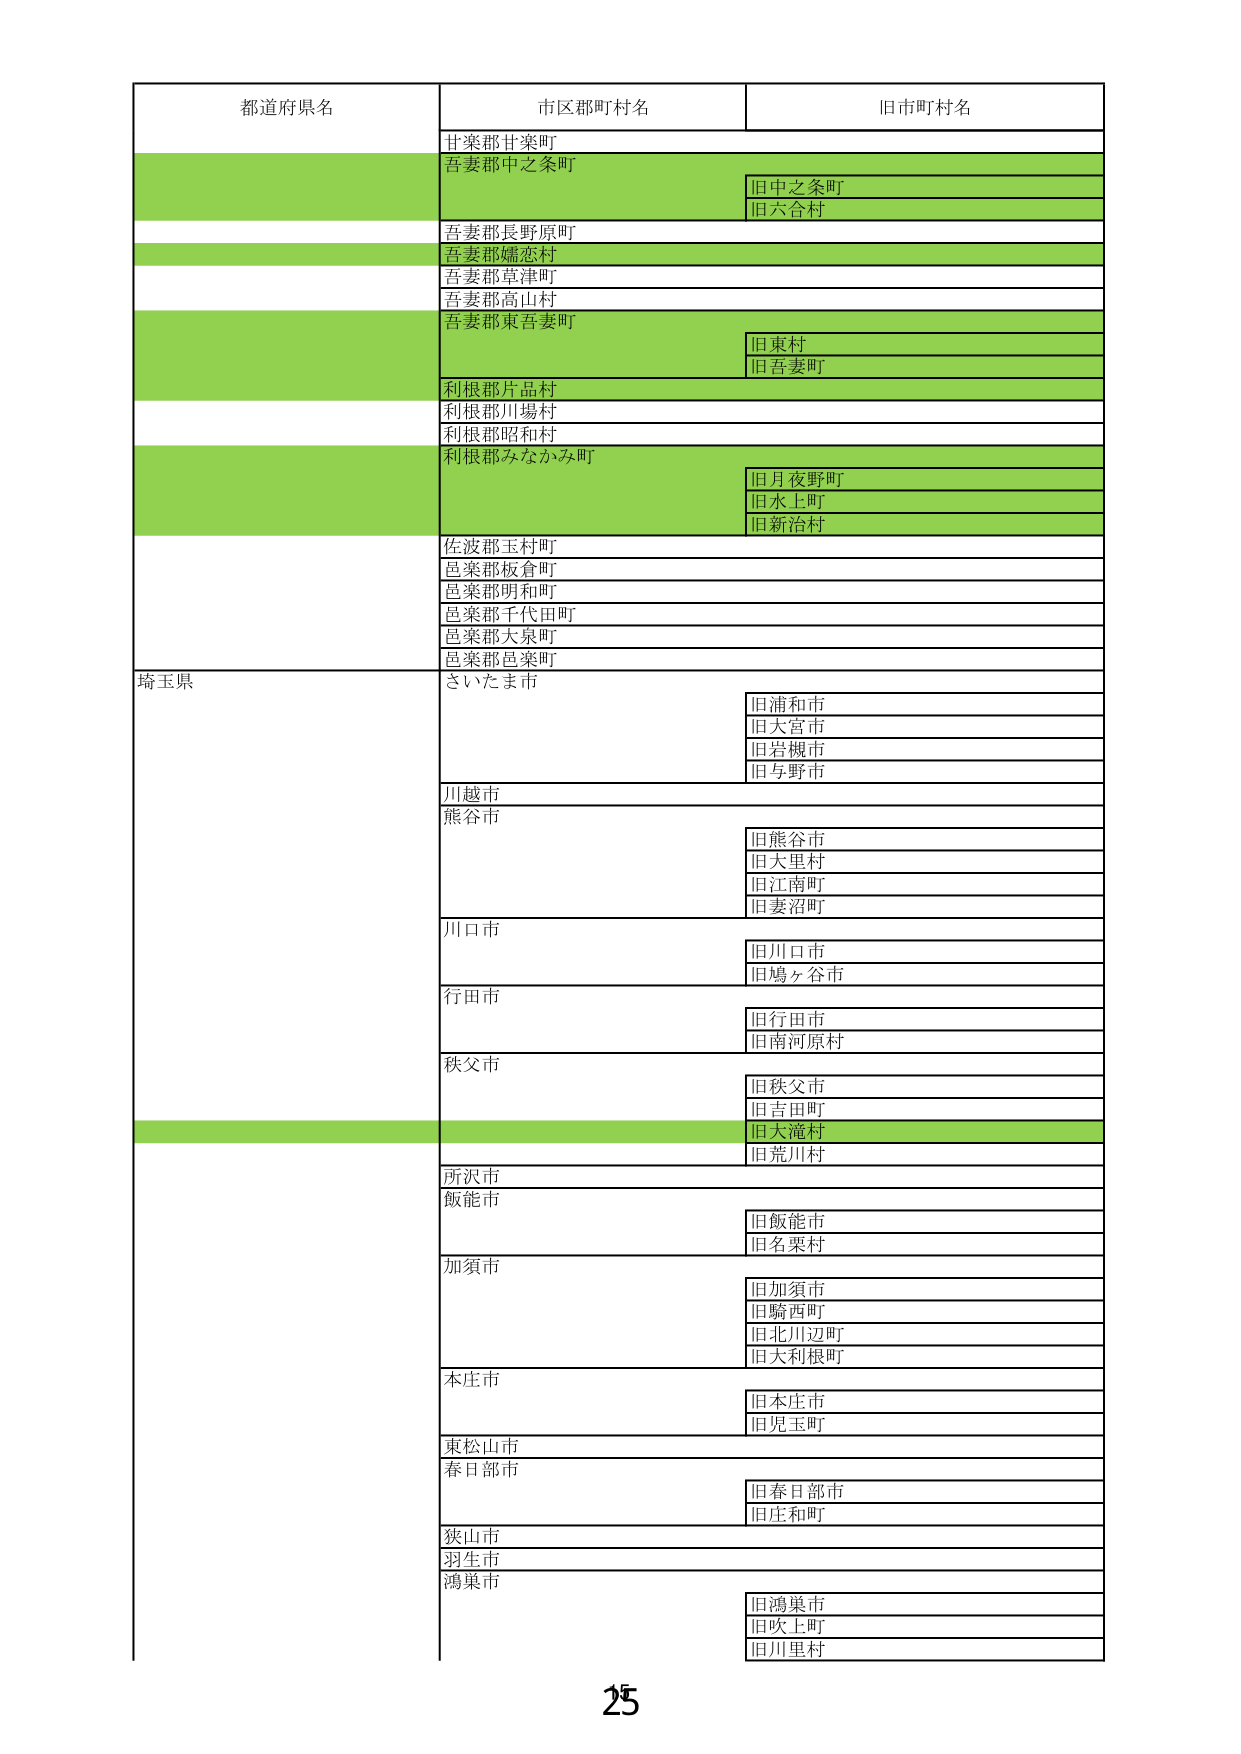
都道府県名
市区郡町村名
旧市町村名
甘楽郡甘楽町
吾妻郡中之条町
旧中之条町
旧六合村
吾妻郡長野原町
吾妻郡嬬恋村
吾妻郡草津町
吾妻郡高山村
吾妻郡東吾妻町
旧東村
旧吾妻町
利根郡片品村
利根郡川場村
利根郡昭和村
利根郡みなかみ町
旧月夜野町
旧水上町
旧新治村
佐波郡玉村町
邑楽郡板倉町
邑楽郡明和町
邑楽郡千代田町
邑楽郡大泉町
邑楽郡邑楽町
埼玉県
さいたま市
旧浦和市
旧大宮市
旧岩槻市
旧与野市
川越市
熊谷市
旧熊谷市
旧大里村
旧江南町
旧妻沼町
川口市
旧川口市
旧鳩ヶ谷市
行田市
旧行田市
旧南河原村
秩父市
旧秩父市
旧吉田町
旧大滝村
旧荒川村
所沢市
飯能市
旧飯能市
旧名栗村
加須市
旧加須市
旧騎西町
旧北川辺町
旧大利根町
本庄市
旧本庄市
旧児玉町
東松山市
春日部市
旧春日部市
旧庄和町
狭山市
羽生市
鴻巣市
旧鴻巣市
旧吹上町
旧川里村
25